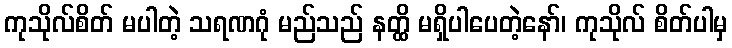
ကုသိုလ်စိတ် မပါတဲ့ သရဏဂုံ မည်သည် နတ္ထိ မရှိပါပေတဲ့နော်၊ ကုသိုလ် စိတ်ပါမှ